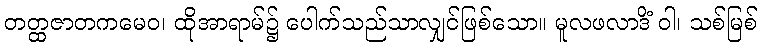
တတ္ထဇာတကမေဝ၊ ထိုအာရာမ်၌ ပေါက်သည်သာလျှင်ဖြစ်သော။ မူလဖလာဒိံ ဝါ၊ သစ်မြစ်